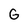
Character: G